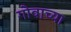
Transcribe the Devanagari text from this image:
गोवाच्या